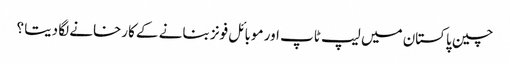
چین پاکستان میں لیپ ٹاپ اور موبائل فونز بنانے کے کارخانے لگا دیتا ؟